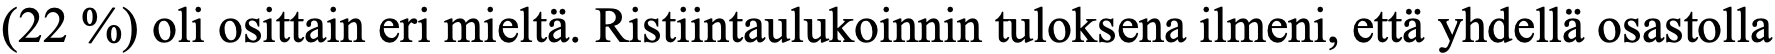
(22 %) oli osittain eri mieltä. Ristiintaulukoinnin tuloksena ilmeni, että yhdellä osastolla